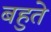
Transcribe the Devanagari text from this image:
बहुते